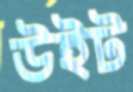
উইট